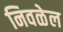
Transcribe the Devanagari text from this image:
निवळेल